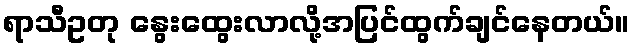
ရာသီဥတု နွေးထွေးလာလို့အပြင်ထွက်ချင်နေတယ်။